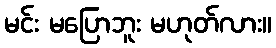
မင်း မပြောဘူး မဟုတ်လား။